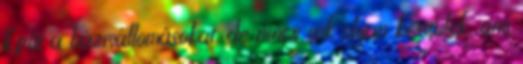
Építi a bázisállomásokat, de nincs sok olyan készülék, ami